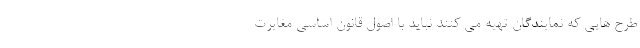
طرح هایی که نمایندگان تهیه می کنند نباید با اصول قانون اساسی مغایرت